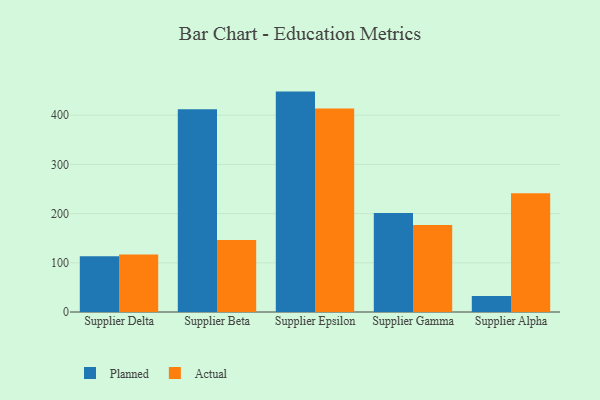
{"axis": {"x": "Supplier", "y": "Tickets Resolved"}, "legend": ["Actual", "Planned"], "data": [{"x": "Supplier Delta", "y": 113.4, "type": "Planned"}, {"x": "Supplier Delta", "y": 116.8, "type": "Actual"}, {"x": "Supplier Beta", "y": 412.1, "type": "Planned"}, {"x": "Supplier Beta", "y": 146.1, "type": "Actual"}, {"x": "Supplier Epsilon", "y": 448.0, "type": "Planned"}, {"x": "Supplier Epsilon", "y": 413.5, "type": "Actual"}, {"x": "Supplier Gamma", "y": 201.1, "type": "Planned"}, {"x": "Supplier Gamma", "y": 176.9, "type": "Actual"}, {"x": "Supplier Alpha", "y": 32.7, "type": "Planned"}, {"x": "Supplier Alpha", "y": 241.6, "type": "Actual"}]}